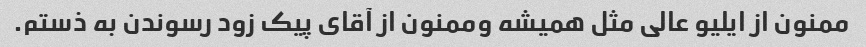
ممنون از ایلیو عالی مثل همیشه وممنون از آقای پیک زود رسوندن به ذستم.